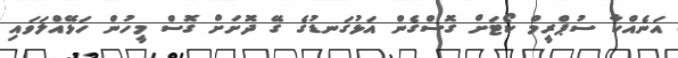
އަނެއްކާ ސުޕްރީމް ކޯޓަށް ގޮސްގެން އަޅުގަނޑުގެ ގޭ ދޮށަށް ގޮސް މީހުން ހަޅޭއްލަވައި